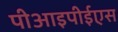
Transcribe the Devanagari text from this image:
पीआइपीईएस